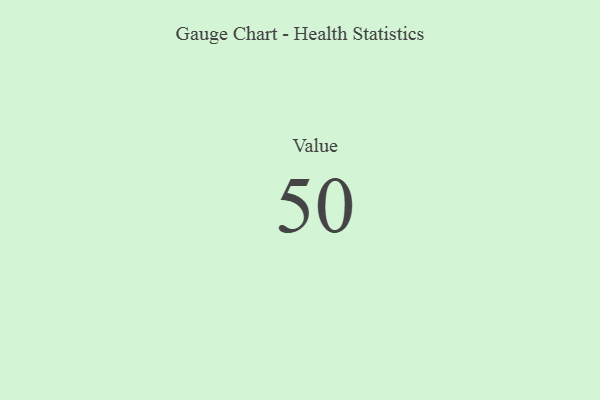
{"axis": {"x": "Metric", "y": "Value"}, "legend": [""], "data": [{"x": "Value", "y": 50, "type": ""}]}